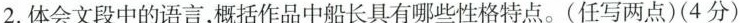
2.体会文段中的语言，概括作品中船长具有哪些性格特点。(任写两点)(4分)_